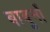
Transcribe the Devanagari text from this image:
बाबूनों